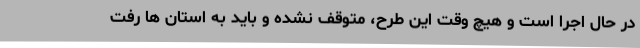
در حال اجرا است و هیچ وقت این طرح، متوقف نشده و باید به استان ها رفت